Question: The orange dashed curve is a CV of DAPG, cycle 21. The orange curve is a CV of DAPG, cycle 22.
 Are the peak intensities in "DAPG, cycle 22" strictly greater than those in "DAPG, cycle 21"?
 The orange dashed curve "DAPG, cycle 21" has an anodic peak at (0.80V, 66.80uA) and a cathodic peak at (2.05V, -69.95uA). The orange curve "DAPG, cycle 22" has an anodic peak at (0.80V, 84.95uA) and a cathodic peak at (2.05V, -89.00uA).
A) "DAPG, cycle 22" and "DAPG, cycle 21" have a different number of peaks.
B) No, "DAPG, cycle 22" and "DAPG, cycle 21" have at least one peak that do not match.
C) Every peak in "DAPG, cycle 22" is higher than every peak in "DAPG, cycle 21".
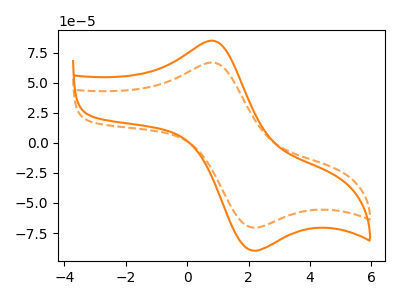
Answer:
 <answer>C) Every peak in "DAPG, cycle 22" is higher than every peak in "DAPG, cycle 21".</answer>
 <eval>C</eval>